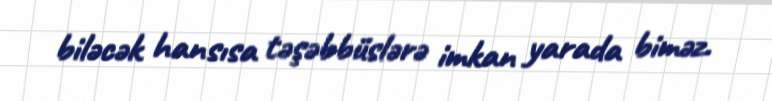
biləcək hansısa təşəbbüslərə imkan yarada biməz.